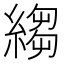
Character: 縐